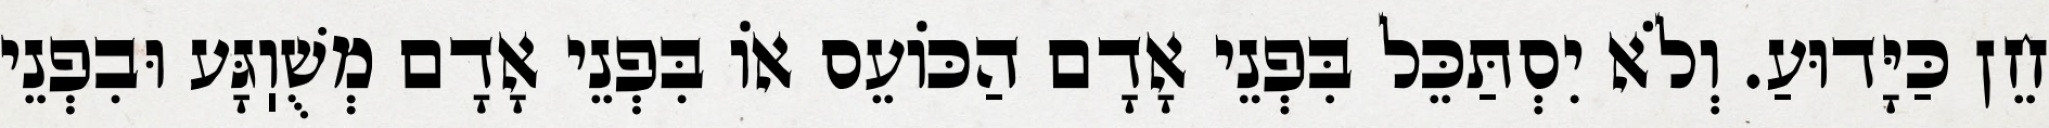
חֵן כַּיָּדוּעַ. וְלֹא יִסְתַּכֵּל בִּפְנֵי אָדָם הַכּוֹעֵס אוֹ בִּפְנֵי אָדָם מְשֻׁוֽגָּע וּבִפְנֵי